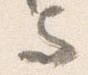
与